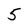
Character: 5